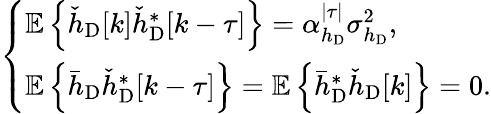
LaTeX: \left\{ \begin{array}{ll}{\mathbb{E}\left\{ \check{h}_{\mathrm{D}}[k]\check{h}_{\mathrm{D}}^{*}[k-\tau]\right\} =\alpha_{h_{\mathrm{D}}}^{|\tau|}\sigma_{h_{\mathrm{D}}}^{2},}\\ {\mathbb{E}\left\{ \bar{h}_{\mathrm{D}}\check{h}_{\mathrm{D}}^{*}[k-\tau]\right\} =\mathbb{E}\left\{ \bar{h}_{\mathrm{D}}^{*}\check{h}_{\mathrm{D}}[k]\right\} =0.}\end{array}\right.